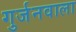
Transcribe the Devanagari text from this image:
गुर्जनवाला